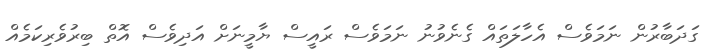
ގަދަބާރުން ނަމަވެސް އެހާލަތައް ގެނެވުނު ނަމަވެސް ރައީސް ޔާމީނަށް އަދިވެސް އޮތް ބިރުވެރިކަމެއް